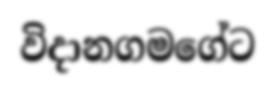
විදානගමගේට